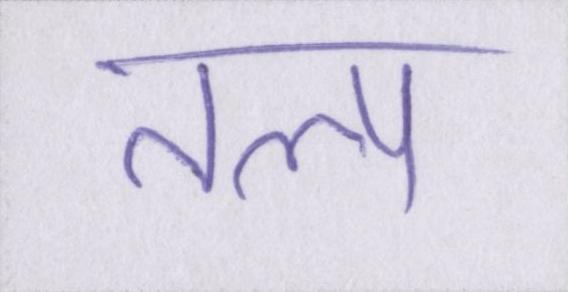
तल्प